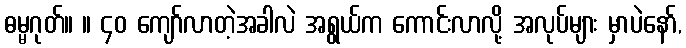
ဓမ္မဂုတ်။ ။ ၄၀ ကျော်လာတဲ့အခါလဲ အရွယ်က ကောင်းလာလို့ အလုပ်များ မှာပဲနော်,